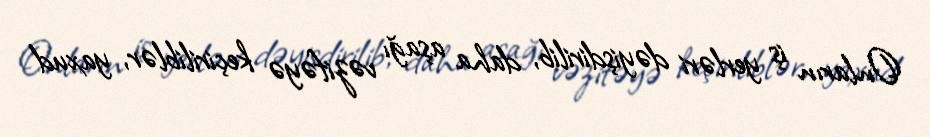
Onların iş yerləri dəyişdirilib, daha aşağı vəzifəyə keçiriliblər, yaxud